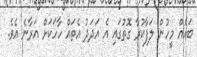
ބައެއް މީހުން ލަފާކުރާ ގޮތުގައި އެ އަދަދު އެތައް ހާހަކަށް އަރާނެ އެވެ.